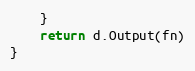
Language: Go
	}
	return d.Output(fn)
}